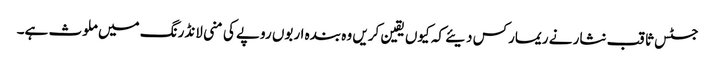
جسٹس ثاقب نثار نے ریمارکس دیئے کہ کیوں یقین کریں وہ بندہ اربوں روپے کی منی لانڈرنگ میں ملوث ہے۔